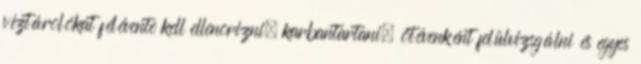
víztárolókat félévente kell ellenõrizni, karbantartani, ötévenként felülvizsgálni és egyes